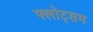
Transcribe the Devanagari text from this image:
फ्लोट्सम